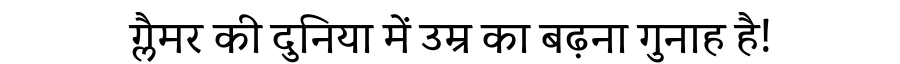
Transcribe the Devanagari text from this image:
ग्लैमर की दुनिया में उम्र का बढ़ना गुनाह है!